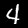
Label: 4